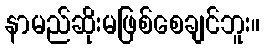
နာမည်ဆိုးမဖြစ်စေချင်ဘူး။